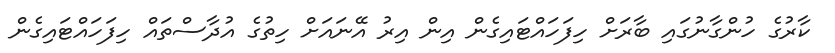
ކާރުގެ ހުންގާނުގައި ބާރަށް ހިފަހައްޓައިގެން އިން އިރު އޭނައަށް ހިތުގެ އުދާސްތައް ހިފަހައްޓައިގެން